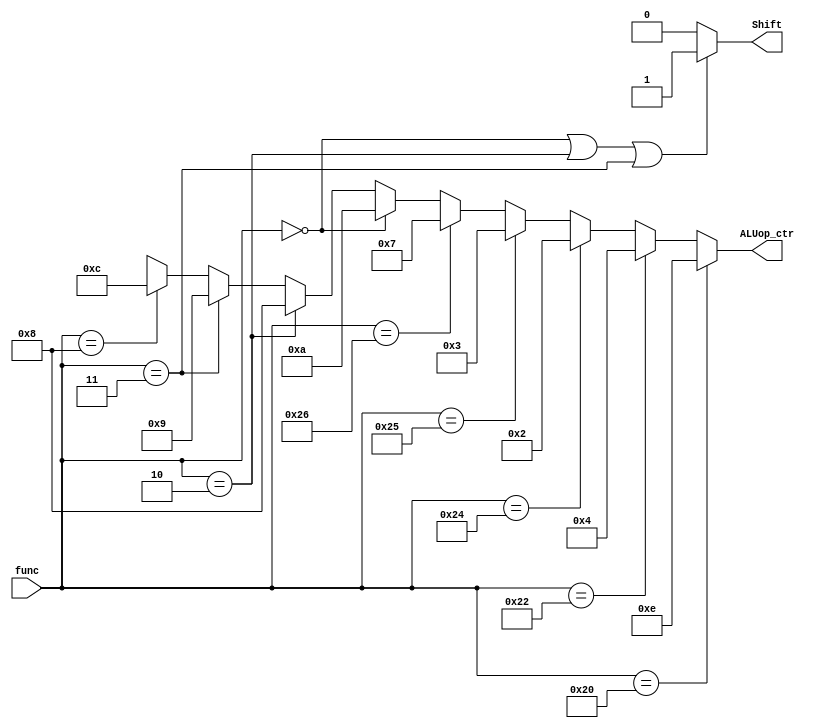
`timescale 1ns / 1ps
//////////////////////////////////////////////////////////////////////////////////
// Company: 
// Engineer: 
// 
// Design Name: 
// Module Name:    ALU_CTR 
// Project Name: 
// Target Devices: 
// Tool versions: 
// Description: 
//
// Dependencies: 
//
// Revision: 
// Revision 0.01 - File Created
// Additional Comments: 
//
//////////////////////////////////////////////////////////////////////////////////
module ALU_CTR(func, ALUop_ctr, Shift);
	input		[5:0]		func;
	output	[3:0]		ALUop_ctr;
	output				Shift;
	
	assign ALUop_ctr	= 	(func == 6'b100000) ? 4'b1110 : 
								(func == 6'b100010) ? 4'b0100 : 	
								(func == 6'b100100) ? 4'b0010 : 	
								(func == 6'b100101) ? 4'b0011 : 	
								(func == 6'b100110) ? 4'b0111 : 	
								(func == 6'b000000) ? 4'b1010 : 	
								(func == 6'b000010) ? 4'b1000 : 	
								(func == 6'b000011) ? 4'b1001 : 	
								(func == 6'b001000) ? 4'b1100 : 
								4'bxxxx;

	assign Shift = (func == 6'b000000 || func == 6'b000010 || func == 6'b000011) ? 1'b1 : 1'b0;
endmodule